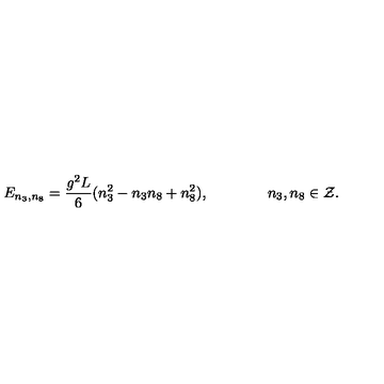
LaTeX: E _ { n _ { 3 } , n _ { 8 } } = { \frac { g ^ { 2 } L } { 6 } } ( n _ { 3 } ^ { 2 } - n _ { 3 } n _ { 8 } + n _ { 8 } ^ { 2 } ) , \qquad \qquad n _ { 3 } , n _ { 8 } \in { \cal Z } .